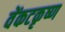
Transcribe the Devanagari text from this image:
वेंकटकृष्ण